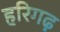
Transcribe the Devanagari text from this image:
हरिगढ़